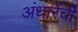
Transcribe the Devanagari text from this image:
अंधारेंची